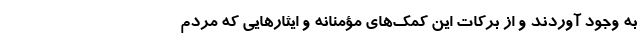
به وجود آوردند و از برکات این کمک‌های مؤمنانه و ایثارهایی که مردم